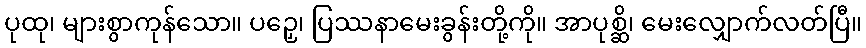
ပုထု၊ များစွာကုန်သော။ ပဉှေ၊ ပြဿနာမေးခွန်းတို့ကို။ အာပုစ္ဆိ၊ မေးလျှောက်လတ်ပြီ။